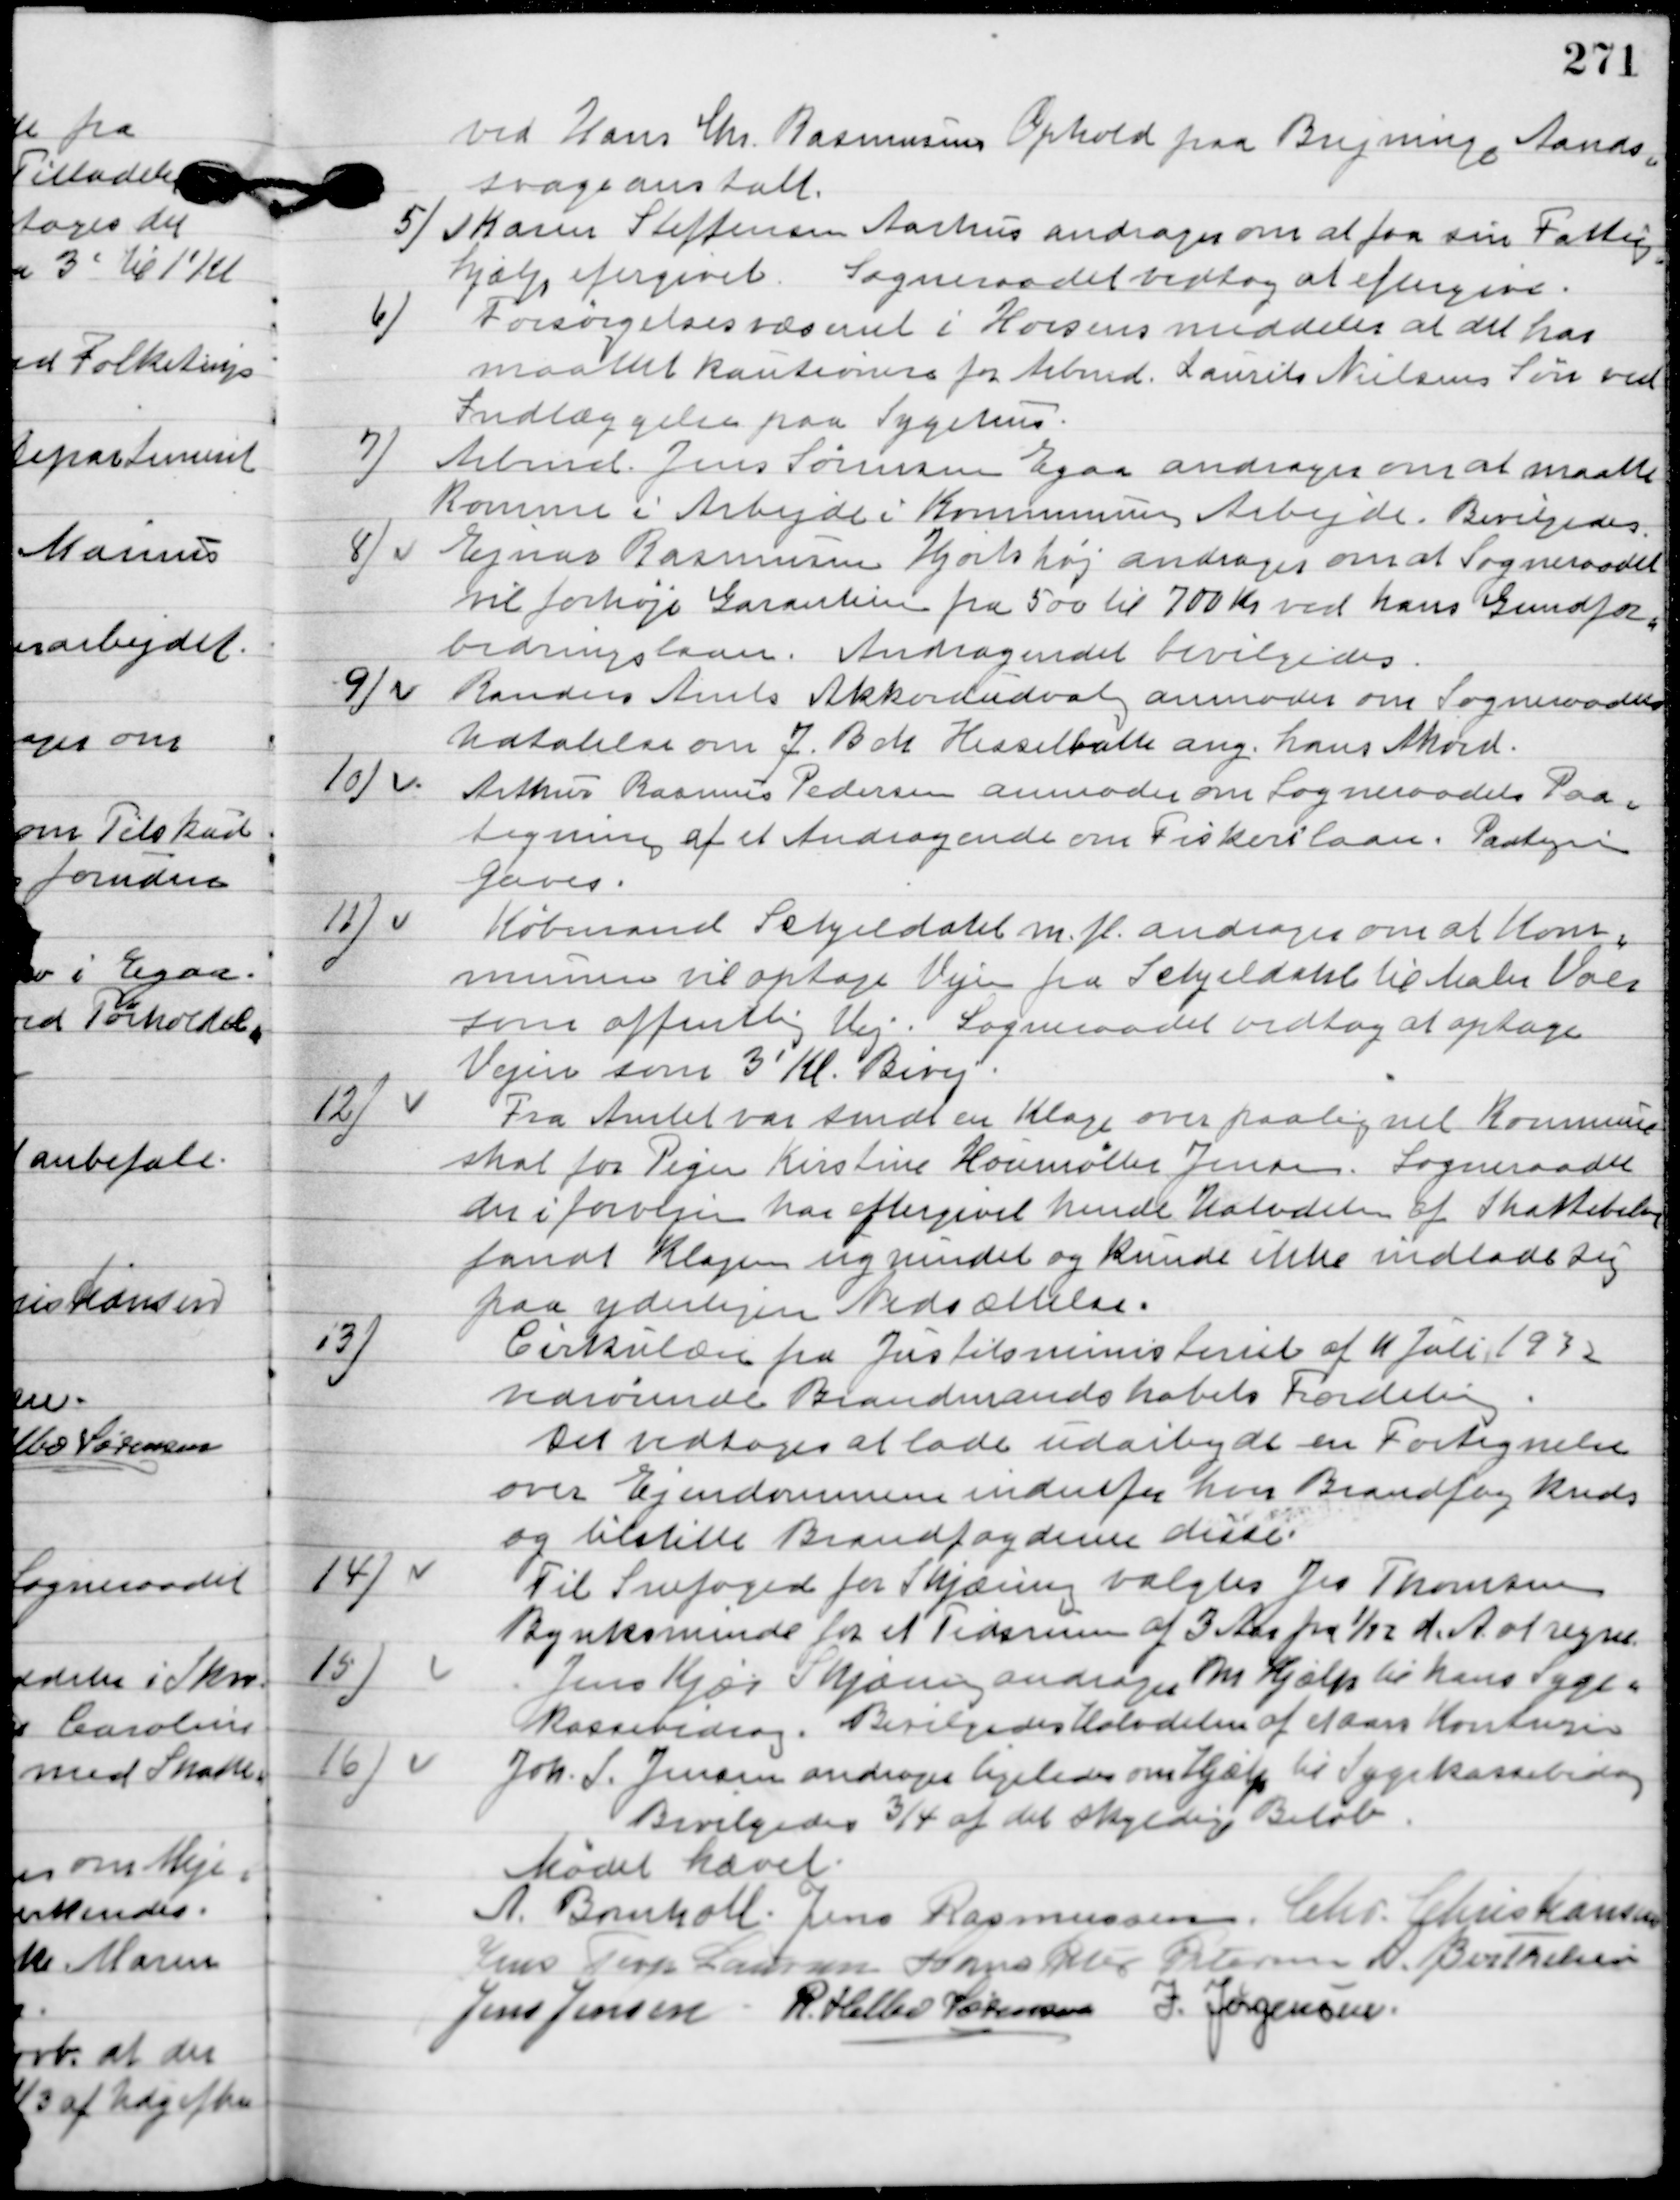
Transskription:
ved Hans Chr. Rasmussen Ophold paa Brejninge Aands-
vageanstalt.

5

Karen Steffensen Aarhus andrager om at faa sin Fattig-
hjælp eftergivet.
Sogeraadet vedtog at eftergive.

6

Forsørgelsesvæsenet i Horsens meddeler at det har
maattet kautionere for Arbmd. Laurits Nielsens Søn ved
indlæggelse paa Sygehus.

7

Arbmd. Jens Sørensen Egaa andrager om at maatte
komme i Arbejde i Kommunens arbejde.
Bevilgedes.

8.

Ejnar Rasmussen Hjortshøj andrager om at Sogneraadet
vil forhøje garantien fra 500 til 700 Kr. ved hans grundfor-
bedringslaan.
Andragendet bevilgedes.

9.

Randers Amt akkordudvalg anmoder om Sogneraadet
Udtalelse om J. Bak Hesselballe ang. Hans Akord.

10.

Arthur Rasmus Pedersen anmoder om Sogneraadet Paa-
tegning af et Andragende om Fiskerilaan.
Paategning
gaves.

11.

Købmand Schjeldahl m. fl. andrager om at kom-
munen vil optage vejen fra Schjeldahl til Maler Voes
som offentlig Vej.
Sogneraadet vedtog at optage
Vejen som 3´Kl. bivej.

12

Fra Amtet var sendt en Klage om paalignel Kommune-
skat for Pigen Kirstine Houmøller Jensen.
Sogneraadet
der i forvejen har eftergivet hende halvdelen af skattebidraget
fandt Klagen ugnindel og kunne ikke indlade sig
paa yderlige Nedsættelse.

13

Cirkulære fra Justitsministeriet af 11 juli 1932
vedrørende Brandmandskabets Fordeling.
Det vedtoges at lade udarbejde en Fortegnelse
over Ejendommene indenfor hver Brandfoged kreds
og tilstille Brandfogderne disse.

14

Til Snefoged for Skjæirng valgtes Jes Thomsen
Bynksminde for et Tidsrum af 3 Aar fra 1/12 d. A. at regne.

15

Jens Kjær Skjæring andrager om hjælp til hans Syge-
kassebidrag.
Bevilgedes Halvdelen af hans Kontingent.

16

Joh. S. Jensen andrager ligeledes om Hjælp til sygekassebidrag.
Bevilgedes ¾ af det skyldige Beløb

Mødet hævet.

A. Bomholt
Jens Rasmussen
Chr. Christiansen
Jens Terp Laursen
Hans Peter Pedersen
A. Berthelsen
Jens Jensen
R. Helbo Sørensen
I. Jørgensen